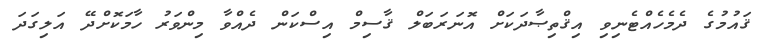
ޤައުމުގެ ދެމެހެއްޓެނިވި އިޤްތިޞާދަކަށް އޮނަރަބަލް ޤާސިމް އިސްކަން ދެއްވާ މިންވަރު ހާމަކޮށްދޭ އަލިގަދަ